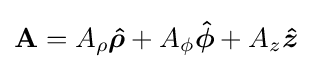
\mathbf {A} =A_{\rho }{\boldsymbol {\hat {\rho }}}+A_{\phi }{\boldsymbol {\hat {\phi }}}+A_{z}{\boldsymbol {\hat {z}}}